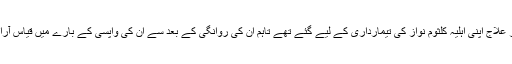
نواز شریف لندن میں زیرِ علاج اپنی اہلیہ کلثوم نواز کی تیمارداری کے لیے گئے تھے تاہم ان کی روانگی کے بعد سے ان کی واپسی کے بارے میں قیاس آرائیوں کا سلسلہ جاری تھا۔